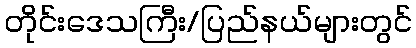
တိုင်းဒေသကြီး/ပြည်နယ်များတွင်